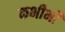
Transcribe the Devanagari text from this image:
कभीभी